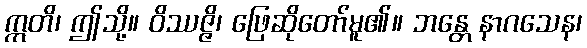
ဣတိ၊ ဤသို့။ ဝိဿဇ္ဇိ၊ ဖြေဆိုတော်မူ၏။ ဘန္တေ နာဂသေန၊